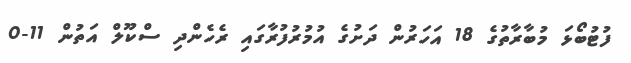
ފުޓުބޯޅަ މުބާރާތުގެ 18 އަހަރުން ދަށުގެ އުމުރުފުރާގައި ރެހެންދި ސްކޫލް އަތުން 11-0